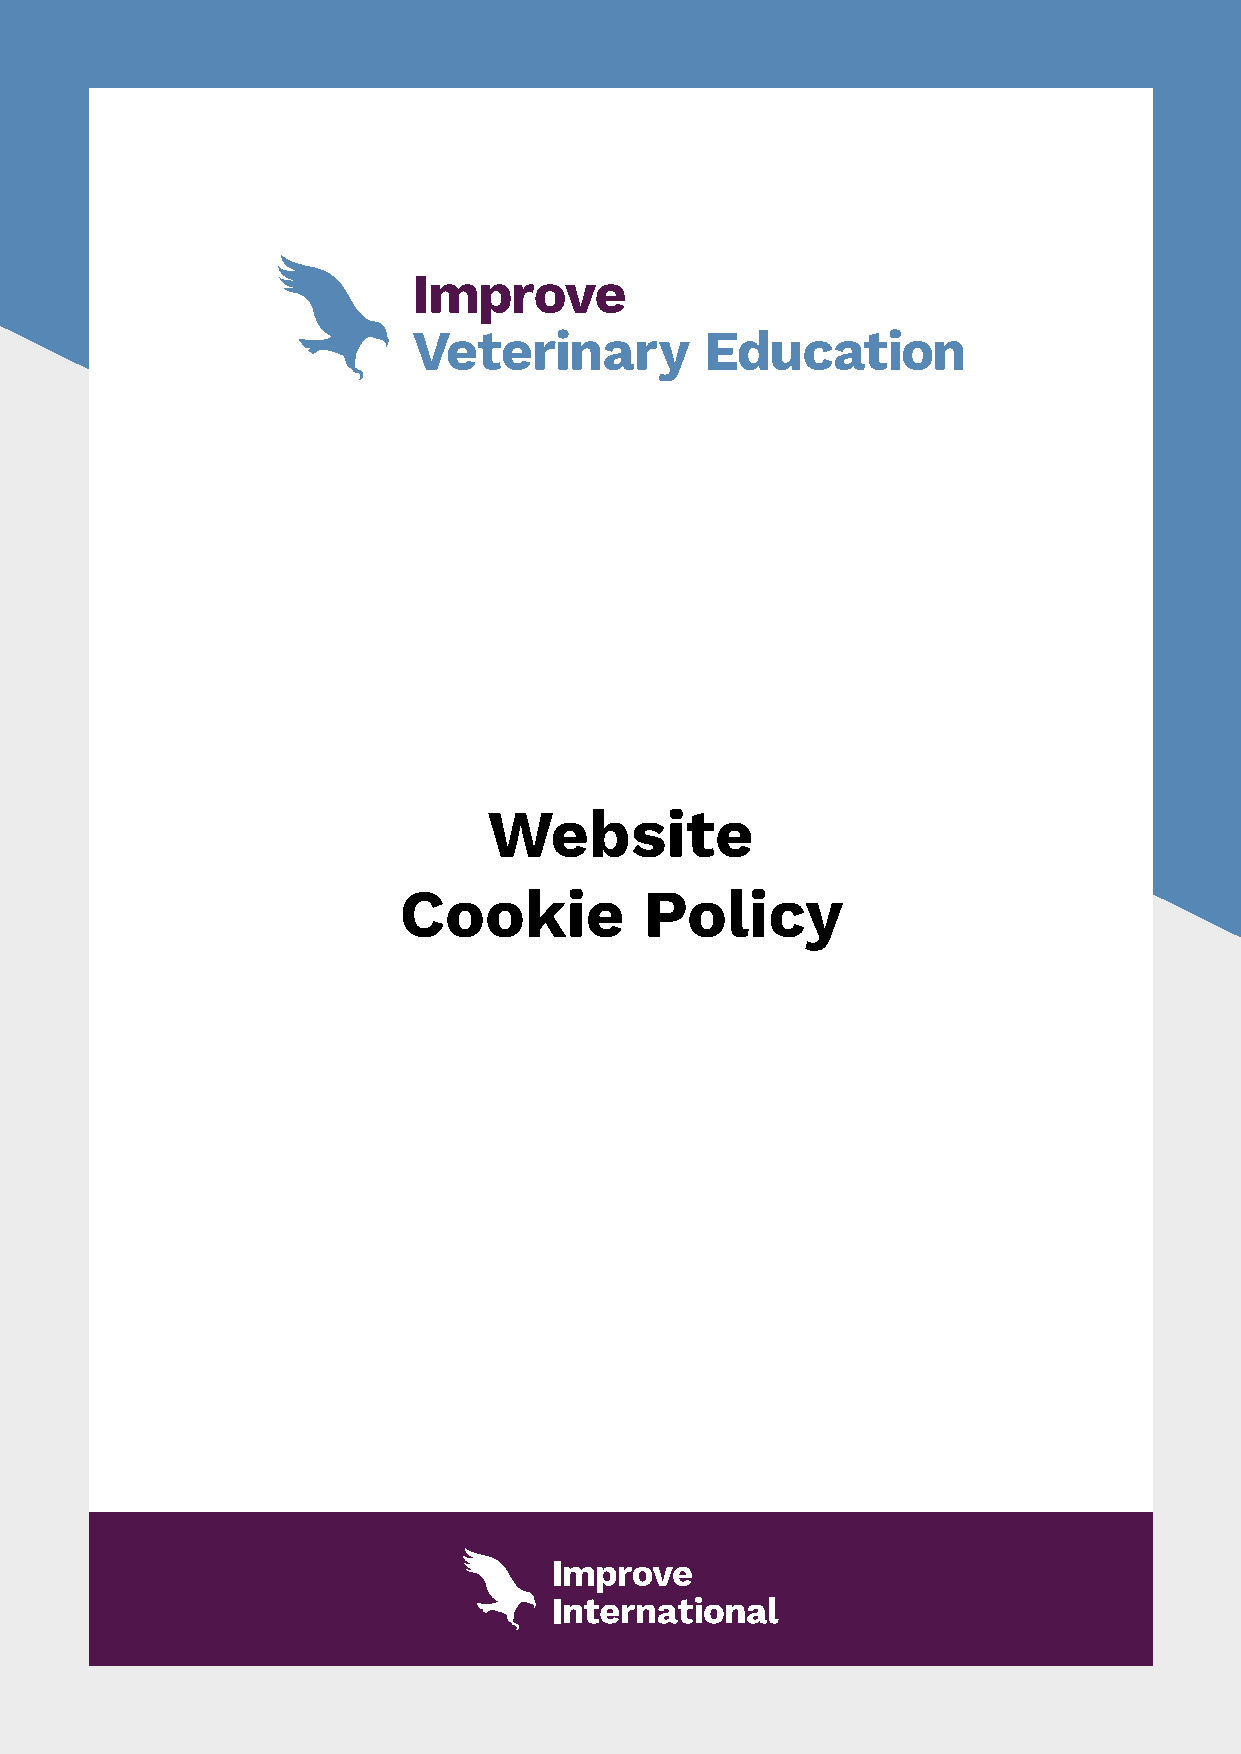
Improve Veterinary Education                                Website Cookie Policy
 Website
 Cookie           Policy
 version May 2018                                                 page 1 of 6